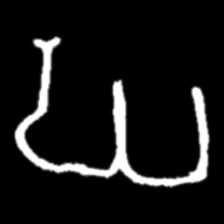
Pyu character \u2014 Myanmar letter: ဃ (romanized: gha)